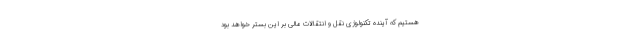
هستیم که آینده تکنولوژی نقل و انتقالات مالی بر این بستر خواهد بود